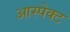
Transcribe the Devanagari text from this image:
आस्पेक्ट